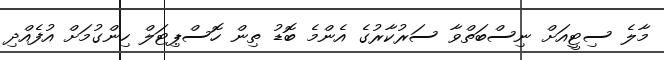
މާލެ ސިޓީއަށް ނިސްބަތްވާ ސަރުކާރުގެ އެންމެ ބޮޑު ތިން ހޮސްޕިޓަލް ހިންގުމަށް އުފެއްދި